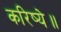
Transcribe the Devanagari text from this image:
करिष्ये॥